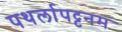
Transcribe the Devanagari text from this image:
पथर्लापट्टनम